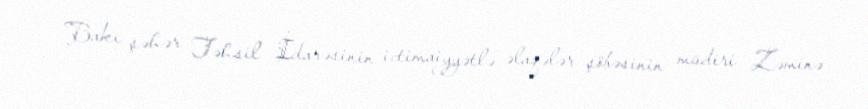
Bakı şəhər Təhsil İdarəsinin ictimaiyyətlə əlaqələr şöbəsinin müdiri Zəminə